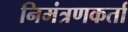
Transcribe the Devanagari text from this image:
निमंत्रणकर्ता